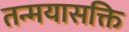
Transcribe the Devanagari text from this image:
तन्मयासक्ति